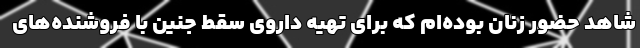
شاهد حضور زنان بوده‌ام که برای تهیه داروی سقط جنین با فروشنده‌های